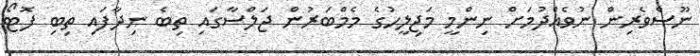
ނޫސްވެރިން ނުވެއްދުމަށް ނިންމީ މަޖިލީހުގެ މެމްބަރުން ޖަލްސާގައި ތިބެ ނިދާފައި ތިބި ފޮޓޯ